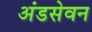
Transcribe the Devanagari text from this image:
अंडसेवन